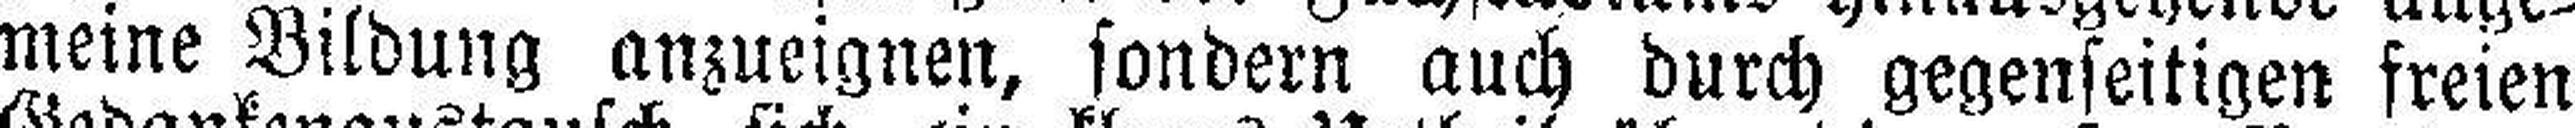
meine Bildung anzueignen, sondern auch durch gegenseitigen freien